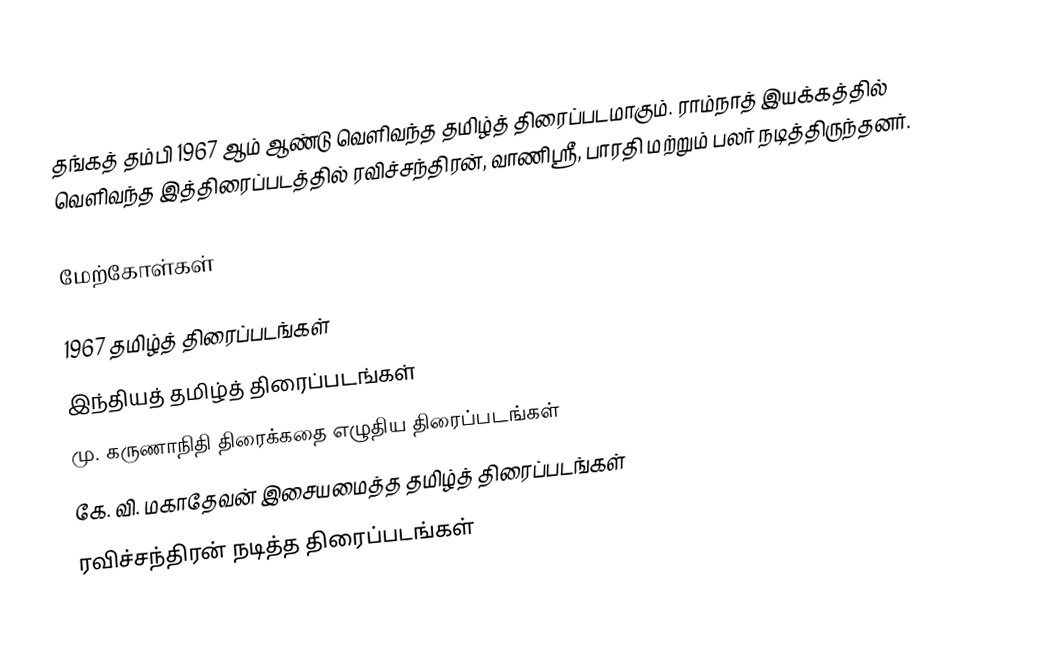
தங்கத் தம்பி 1967  ஆம் ஆண்டு வெளிவந்த தமிழ்த் திரைப்படமாகும். ராம்நாத் இயக்கத்தில் வெளிவந்த இத்திரைப்படத்தில் ரவிச்சந்திரன், வாணிஸ்ரீ, பாரதி மற்றும் பலர் நடித்திருந்தனர்.

மேற்கோள்கள்

1967 தமிழ்த் திரைப்படங்கள்
இந்தியத் தமிழ்த் திரைப்படங்கள்
மு. கருணாநிதி திரைக்கதை எழுதிய திரைப்படங்கள்
கே. வி. மகாதேவன் இசையமைத்த தமிழ்த் திரைப்படங்கள்
ரவிச்சந்திரன் நடித்த திரைப்படங்கள்